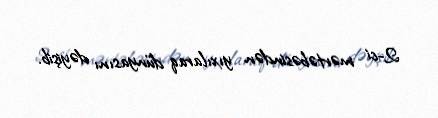
2-ci mərtəbəsindən yıxılaraq dünyasını dəyişib.